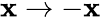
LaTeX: \mathbf{x}\to-\mathbf{x}